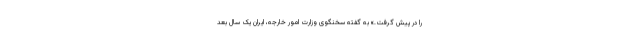
را در پیش گرفت.» به گفته سخنگوی وزارت امور خارجه، ایران یک سال بعد